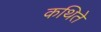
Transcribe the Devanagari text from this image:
कथिते